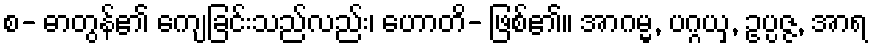
စ- ဓာတွန်၏ ကျေခြင်းသည်လည်း၊ ဟောတိ- ဖြစ်၏။ အာဂမ္မ, ပဂ္ဂယှ, ဥပ္ပဇ္ဇ, အာရ